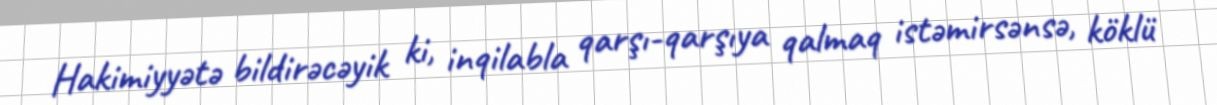
Hakimiyyətə bildirəcəyik ki, inqilabla qarşı-qarşıya qalmaq istəmirsənsə, köklü